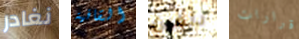
نغادر القافية دلفين قرارات